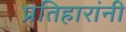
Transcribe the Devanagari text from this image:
प्रतिहारांनी